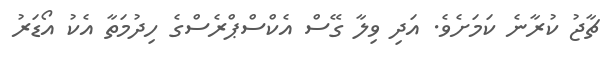
ޗާޖު ކުރާނެ ކަމަށެވެ. އަދި ވިލާ ގޭސް އެކްސްޕްރެސްގެ ހިދުމަތާ އެކު އޯޑަރު